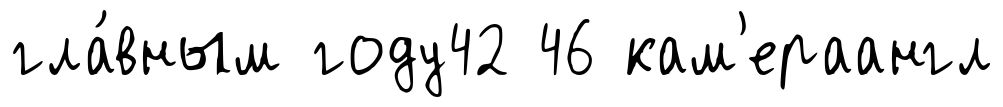
гла́вным году42 46 кам'ераангл